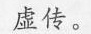
虚传。